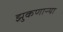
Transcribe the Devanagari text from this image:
झुकणाऱ्या